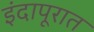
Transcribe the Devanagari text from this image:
इंदापूरात